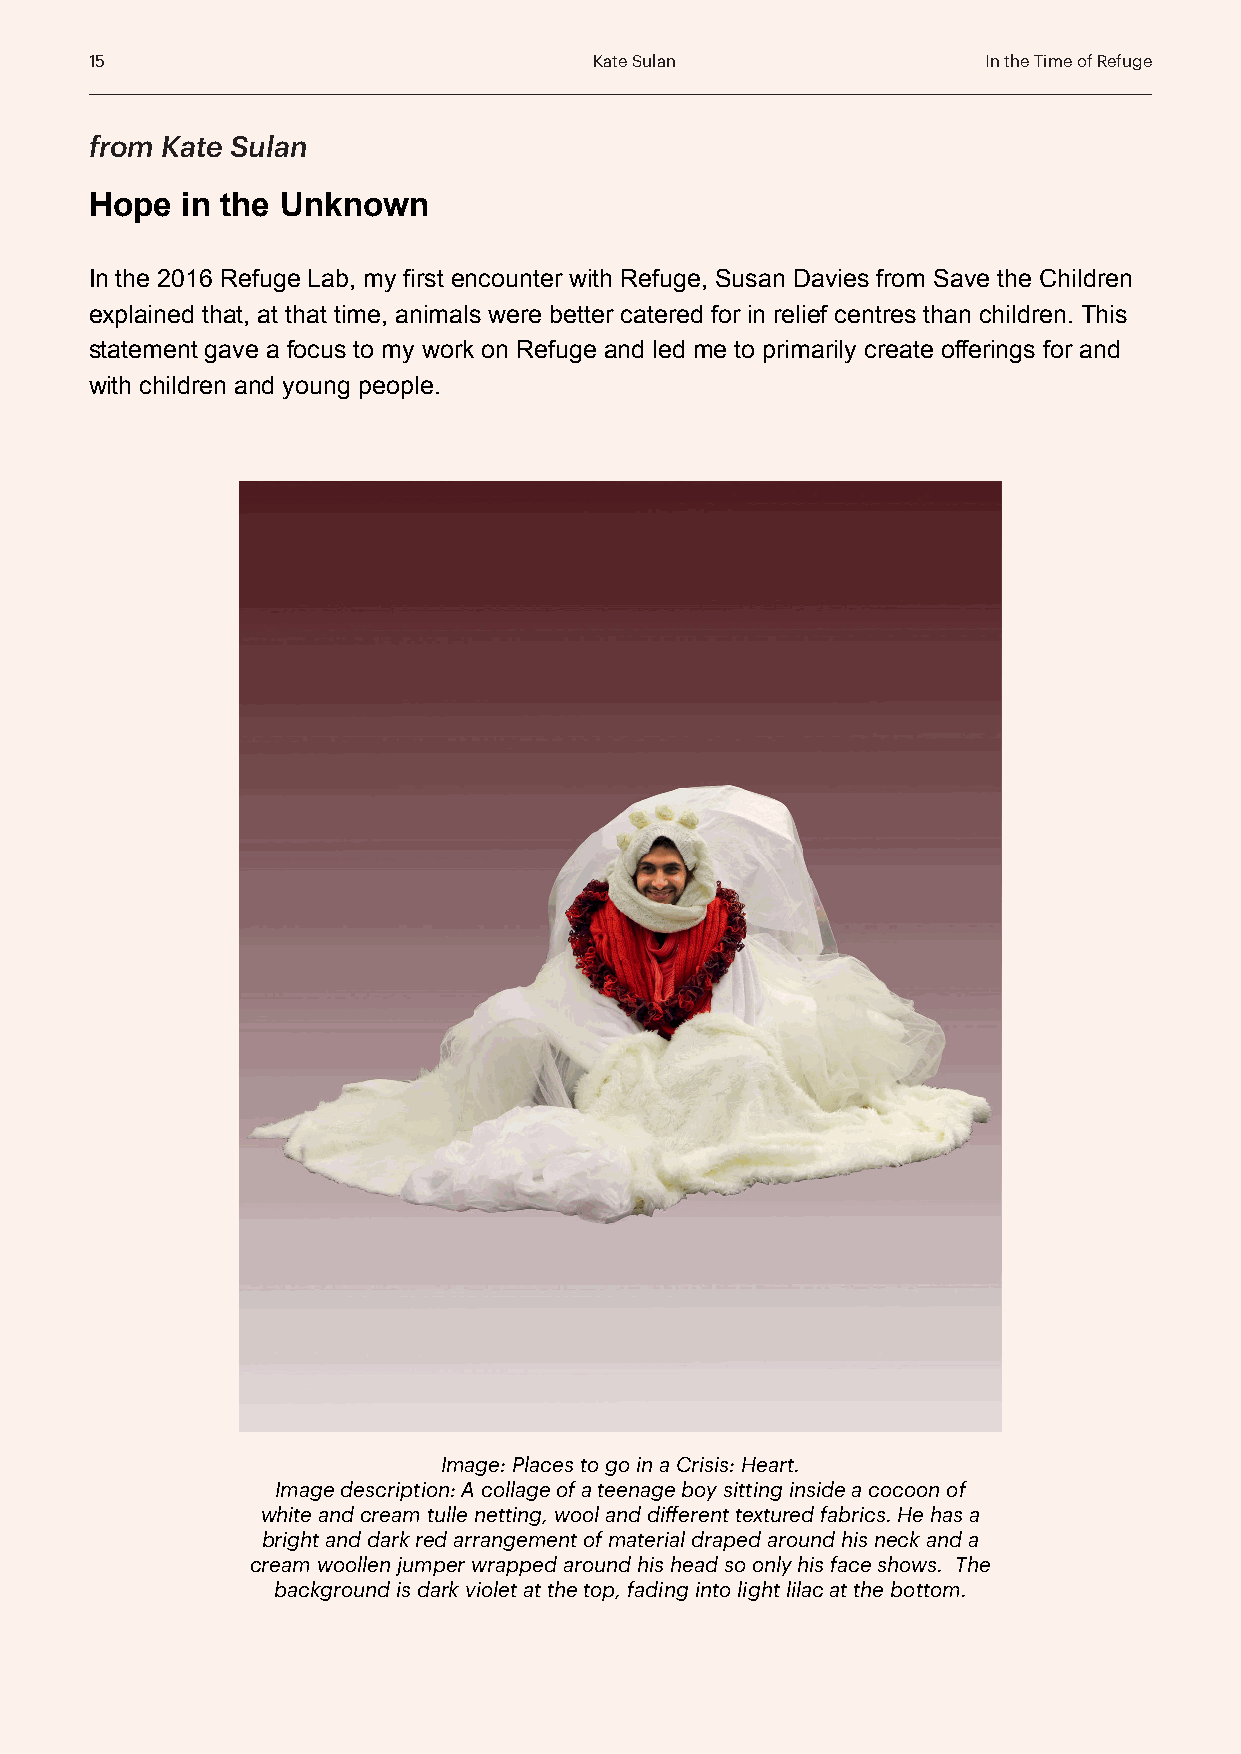
15                               Kate Sulan                In the Time of Refuge
 from Kate Sulan
 Hope  in the Unknown
 In the 2016 Refuge Lab, my first encounter with Refuge, Susan Davies from Save the Children
 explained that, at that time, animals were better catered for in relief centres than children. This
 statement gave a focus to my work on Refuge and led me to primarily create offerings for and
 with children and young people.
 Image: Places to go in a Crisis: Heart.
 Image description: A collage of a teenage boy sitting inside a cocoon of
 white and cream tulle netting, wool and different textured fabrics. He has a
 bright and dark red arrangement of material draped around his neck and a
 cream woollen jumper wrapped around his head so only his face shows. The
 background is dark violet at the top, fading into light lilac at the bottom.